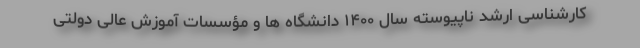
کارشناسی ارشد ناپیوسته سال ۱۴۰۰ دانشگاه ها و مؤسسات آموزش عالی دولتی